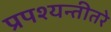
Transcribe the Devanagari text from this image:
प्रपश्यन्तीतरे